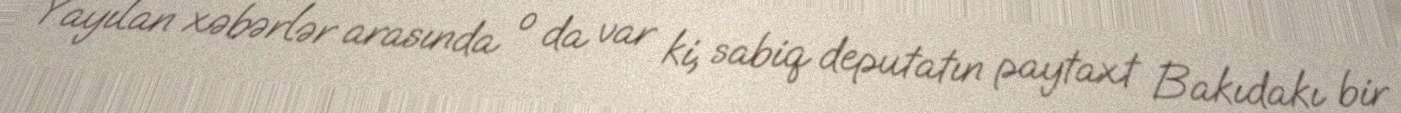
Yayılan xəbərlər arasında o da var ki, sabiq deputatın paytaxt Bakıdakı bir